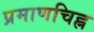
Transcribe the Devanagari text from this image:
प्रमाणचिह्न